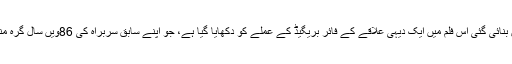
1967ء میں بنائی گئی اس فلم میں ایک دیہی علاقے کے فائر بریگیڈ کے عملے کو دِکھایا گیا ہے، جو اپنے سابق سربراہ کی 86ویں سال گرہ منانا چاہتا ہے۔